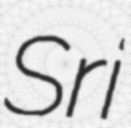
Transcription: Sri